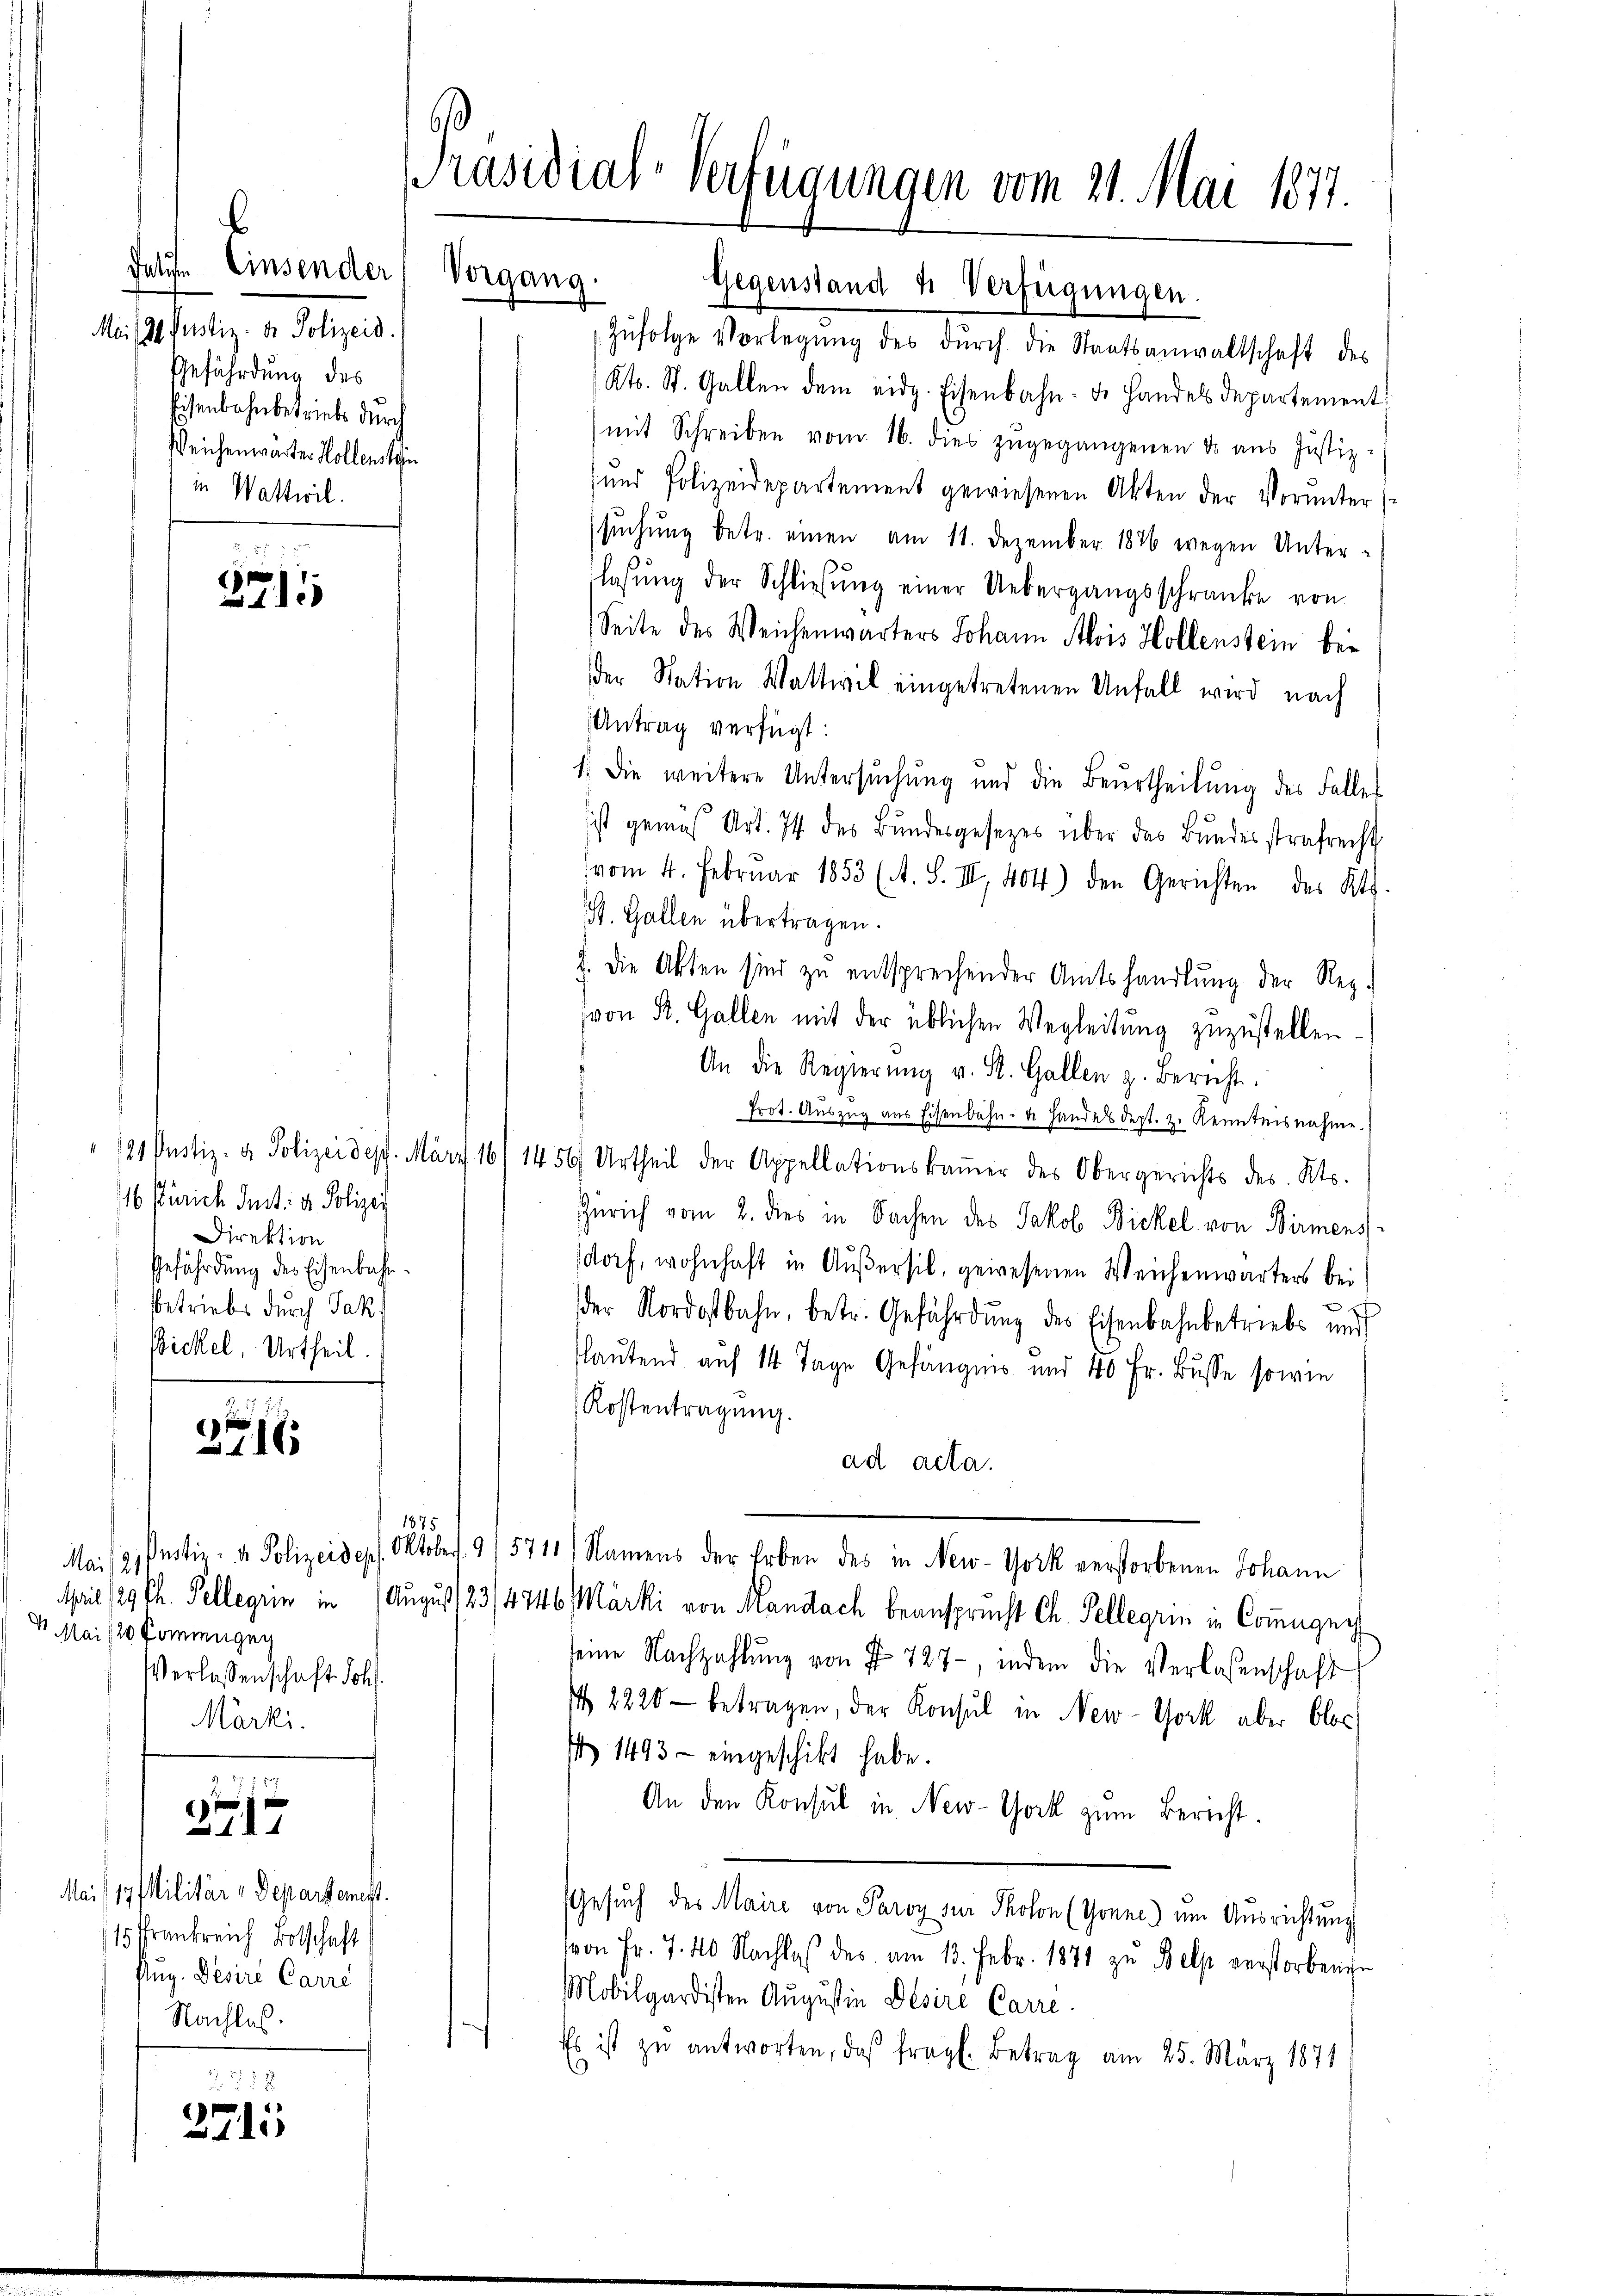
b
Falite Einsender
Mei 30. Justiz- & Polizeid.
Geführdung des
Eisenbahnbetriebe durch
Reichenwärter Kollenstein
in Wattwil

2711

116 Pürich Just: d. Polizei
Direktion
Gefährdung der Eisenbahnsbetriebes durch Jak
Bickel, Urtheil.

216

Mai/19. Militär-Departemest
15 Frankreich Botschaft
flug. Desire Carri
Nachlas.

Z. 1187
3717.

2778
271

Präsidial-Verfügungen vom 21. Mai 1877.
Vorgang.
Gegenstand 4 Verfügungen.

1875.
Mai 12. Justiz- u. Polizeidep
1 Mai 120 Pommengeg
Verlassenschaft. Joh.
Märki.

Zŭfolge Vorlegŭng des dŭrch die Staatsanwaltschaft des
Kts. St. Gallen dem eidg. Eisenbahn. d. Handels departement
mit Schreiben vom 16. dies zŭgegangenen dr aŭs Justiz-
und Polizeidepartement gewiesenen Akten der Vorunter
suchung betr. einen am 11. Dezember 1846 wegen Unter-
lassung der Schließung einer Uebergangsschränke von
Seite des Weichenwärters Johann Alois Hollenstein bei
der Nation Wattwil eingetretenen Unfall wird nach
Antrag verfügt:
1. Die weitere Untersuchung und die Beurtheilŭng des Falles
ist gemäß Art. 74 des Bundesgesezes über das Bundesstrafrecht
vom 4. Februar 1853 (A. S. II, 404) den Gerichten des Kts.
St. Gallen übertragen.
2. Die Akten sind zu entsprechender Amtshandlung der Rez.
von R. Gallen mit der üblichen Wegleitung zuzustellen.
An die Regierŭng v. St. Gallen z. Bericht.
Prot. Auszug aus Eisenbahn- u. Handes dept. zu Kenntnisnahme.
21 Pustiz- & Polizeidep. März 16/ 1456. Urtheil der Appellationskammer des Obergerichts des Kts.
Zürich vom 2. dies in Sachen des Jakob Bickel von Birmens
dorf, wohnhaft in Außersil, gewesenen Weichenwärters bei
x
der Nordostbahn, betr. Gefährdŭng des Eisenbahnbetriebs und
lautend auf 14 Tage Gefängnis und 40 Fr. Busse sowie
Kostentragung.
ad acta.
Oktobert. 9
15711) Namens der Erben des in New-York verstorbenen Johann
April 29 th. Pellegii in August 123/4746 Märki von Mandach beansprecht Ch. Pellegii in Commugni
seine Nachzahlung von Fr. 727-, indem die Verlassenschaft
 2220 - betragen, der Konsul in New-York aber blos
N 1493 - eingeschickt habe.
An den Konsul in New-York zum Bericht.
Gesuch des Maire von Paroy zur Photon (Tonne) um Ausrichtung
von Fr. 7. 40 Nachlaβ des am 13. Febr. 1871 zu Belp verstorbenen
Mobilgardisten Augustin Desire Carre.
Es ist zŭ antworten, daß fragl. Betrag am 25. März 1871